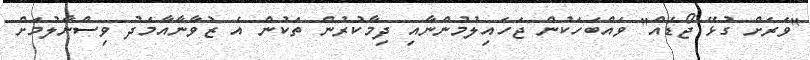
''ވަރަށް ގުޅޭ ޖޯޑެއް'' ވައްބަހަކުން ޖަހައިލުމުންނާއި ދިމާކުރުން ތަކުން އެ ޒުވާނާއާމެދު ވިސްނާލުމަށް